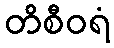
တိစီဝရံ